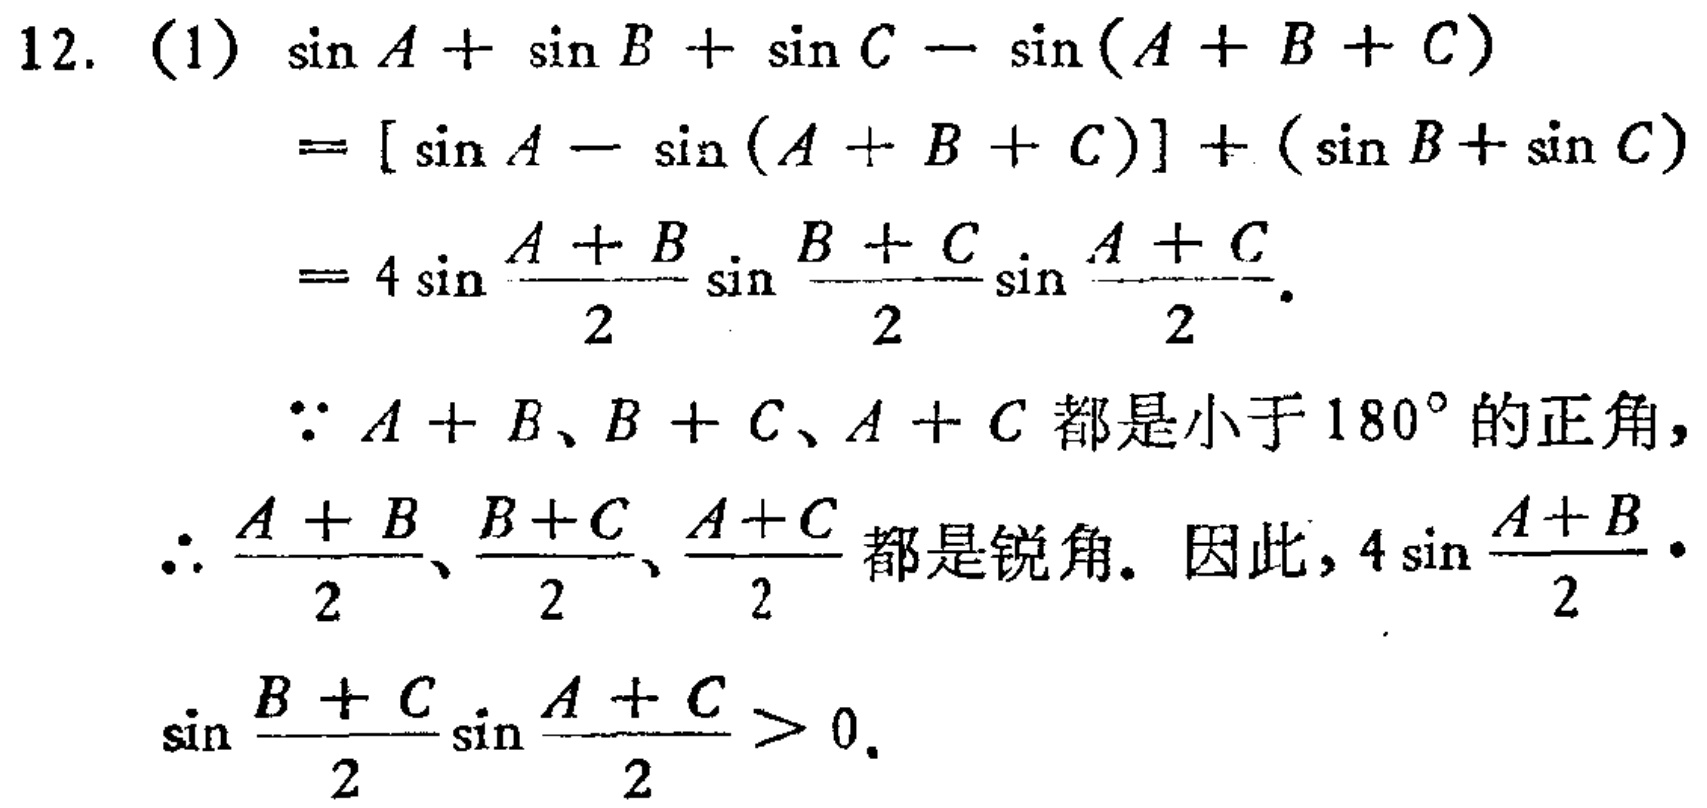
12. (1)

\begin{align*}

&\sin A+\sin B+\sin C - \sin(A + B + C)\\

=&[\sin A-\sin(A + B + C)]+(\sin B+\sin C)\\

=&4\sin\frac{A + B}{2}\sin\frac{B + C}{2}\sin\frac{A + C}{2}.

\end{align*}

$\because A + B、B + C、A + C$都是小于$180^{\circ}$的正角，

$\therefore \frac{A + B}{2}、\frac{B + C}{2}、\frac{A + C}{2}$都是锐角。因此，$4\sin\frac{A + B}{2}\cdot\sin\frac{B + C}{2}\sin\frac{A + C}{2}>0.$